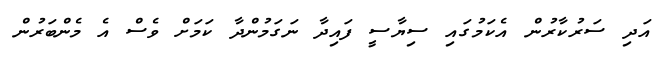
އަދި ސަރުކާރުން އެކަމުގައި ސިޔާސީ ފައިދާ ނަގަމުންދާ ކަމަށް ވެސް އެ މެންބަރުން